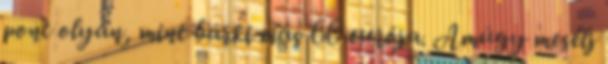
pont olyan, mint bárki más 60 eurója. Amúgy mesélj